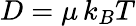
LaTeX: D={\mu\, k_{B}T}